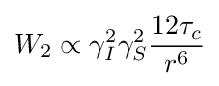
W_{2}\propto \gamma _{I}^{2}\gamma _{S}^{2}{\frac {12\tau _{c}}{r^{6}}}